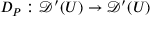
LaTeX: D _ { P } : { \mathcal { D } } ^ { \prime } ( U ) \to { \mathcal { D } } ^ { \prime } ( U )